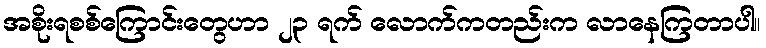
အစိုးရစစ်ကြောင်းတွေဟာ ၂၃ ရက် လောက်ကတည်းက လာနေကြတာပါ။